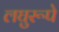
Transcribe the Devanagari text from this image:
लघुरूपे